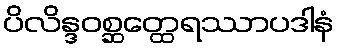
ပိလိန္ဒဝစ္ဆတ္ထေရဿာပဒါနံ